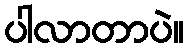
ပါလာတာပဲ။